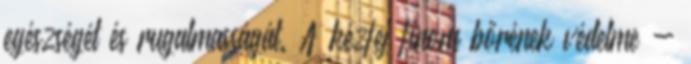
egészségét és rugalmasságát. A kézfej finom bőrének védelme -